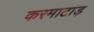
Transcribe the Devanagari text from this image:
करमाटांड़